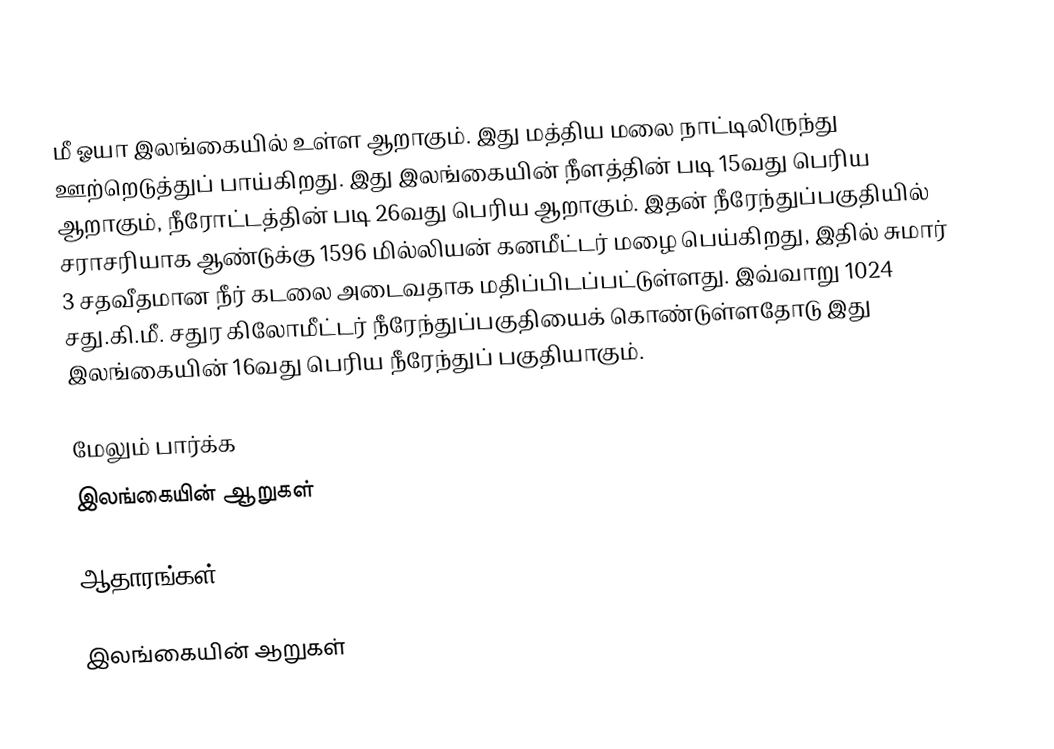
மீ ஓயா இலங்கையில் உள்ள ஆறாகும். இது மத்திய மலை நாட்டிலிருந்து ஊற்றெடுத்துப் பாய்கிறது. இது இலங்கையின் நீளத்தின் படி 15வது பெரிய ஆறாகும், நீரோட்டத்தின் படி  26வது பெரிய  ஆறாகும். இதன் நீரேந்துப்பகுதியில் சராசரியாக ஆண்டுக்கு 1596 மில்லியன் கனமீட்டர் மழை பெய்கிறது, இதில் சுமார் 3 சதவீதமான நீர் கடலை அடைவதாக மதிப்பிடப்பட்டுள்ளது. இவ்வாறு 1024 சது.கி.மீ. சதுர கிலோமீட்டர் நீரேந்துப்பகுதியைக் கொண்டுள்ளதோடு இது இலங்கையின் 16வது பெரிய நீரேந்துப் பகுதியாகும்.

மேலும் பார்க்க
 இலங்கையின் ஆறுகள்

ஆதாரங்கள்

இலங்கையின் ஆறுகள்